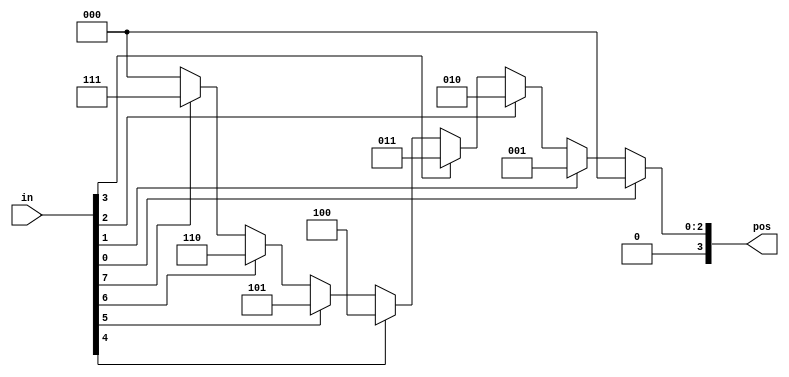
// synthesis verilog_input_version verilog_2001
// synthesis verilog_input_version verilog_2001
module top_module (
    input [7:0] in,
    output reg [3:0] pos  );
    always@(*)
        begin
            casex(in)
                8'bxxxxxxx1:pos=3'd0;
                8'bxxxxxx1x:pos=3'd1;
                8'bxxxxx1xx:pos=3'd2;
                8'bxxxx1xxx:pos=3'd3;
                8'bxxx1xxxx:pos=3'd4;
                8'bxx1xxxxx:pos=3'd5;
                8'bx1xxxxxx:pos=3'd6;
                8'b1xxxxxxx:pos=3'd7;
                default: pos=3'd0;
            endcase
        end
                
endmodule